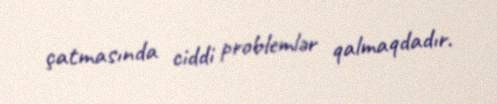
çatmasında ciddi problemlər qalmaqdadır.